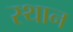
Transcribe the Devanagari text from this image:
स्‍थान